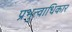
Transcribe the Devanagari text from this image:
प्रभुत्वाधिकार